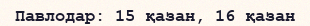
Павлодар: 15 қазан, 16 қазан